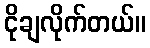
ငိုချလိုက်တယ်။